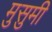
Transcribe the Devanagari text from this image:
मुसुमी